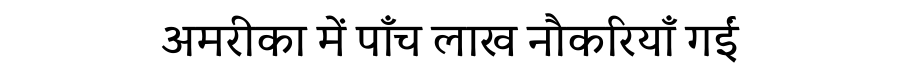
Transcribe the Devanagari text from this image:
अमरीका में पाँच लाख नौकरियाँ गईं